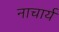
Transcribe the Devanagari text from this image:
नाचार्य